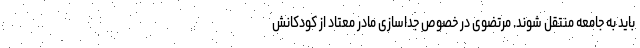
باید به جامعه منتقل شوند. مرتضوی در خصوص جداسازی مادر معتاد از کودکانش